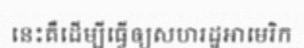
នេះគឺដើម្បីធ្វើឲ្យសហរដ្ឋអាមេរិក